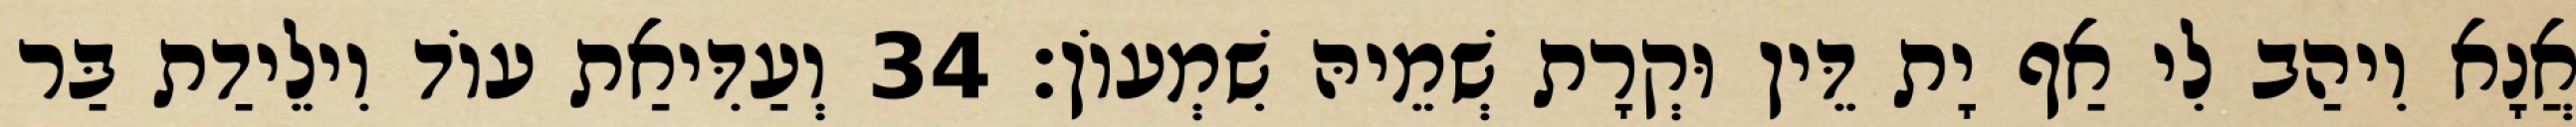
אֲנָא וִיהַב לִי אַף יָת דֵּין וּקְרָת שְׁמֵיהּ שִׁמְעוֹן׃ 34 וְעַדִּיאַת עוֹד וִילֵידַת בַּר